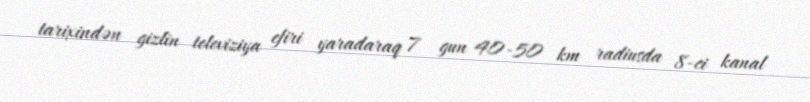
tarixindən gizlin televiziya efiri yaradaraq 7 gun 40-50 km radiusda 8-ci kanal